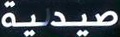
صیدلیة